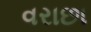
વરાછા